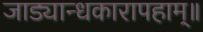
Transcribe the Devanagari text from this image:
जाड्यान्धकारापहाम्‌॥